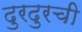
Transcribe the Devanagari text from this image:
दुरदुरची